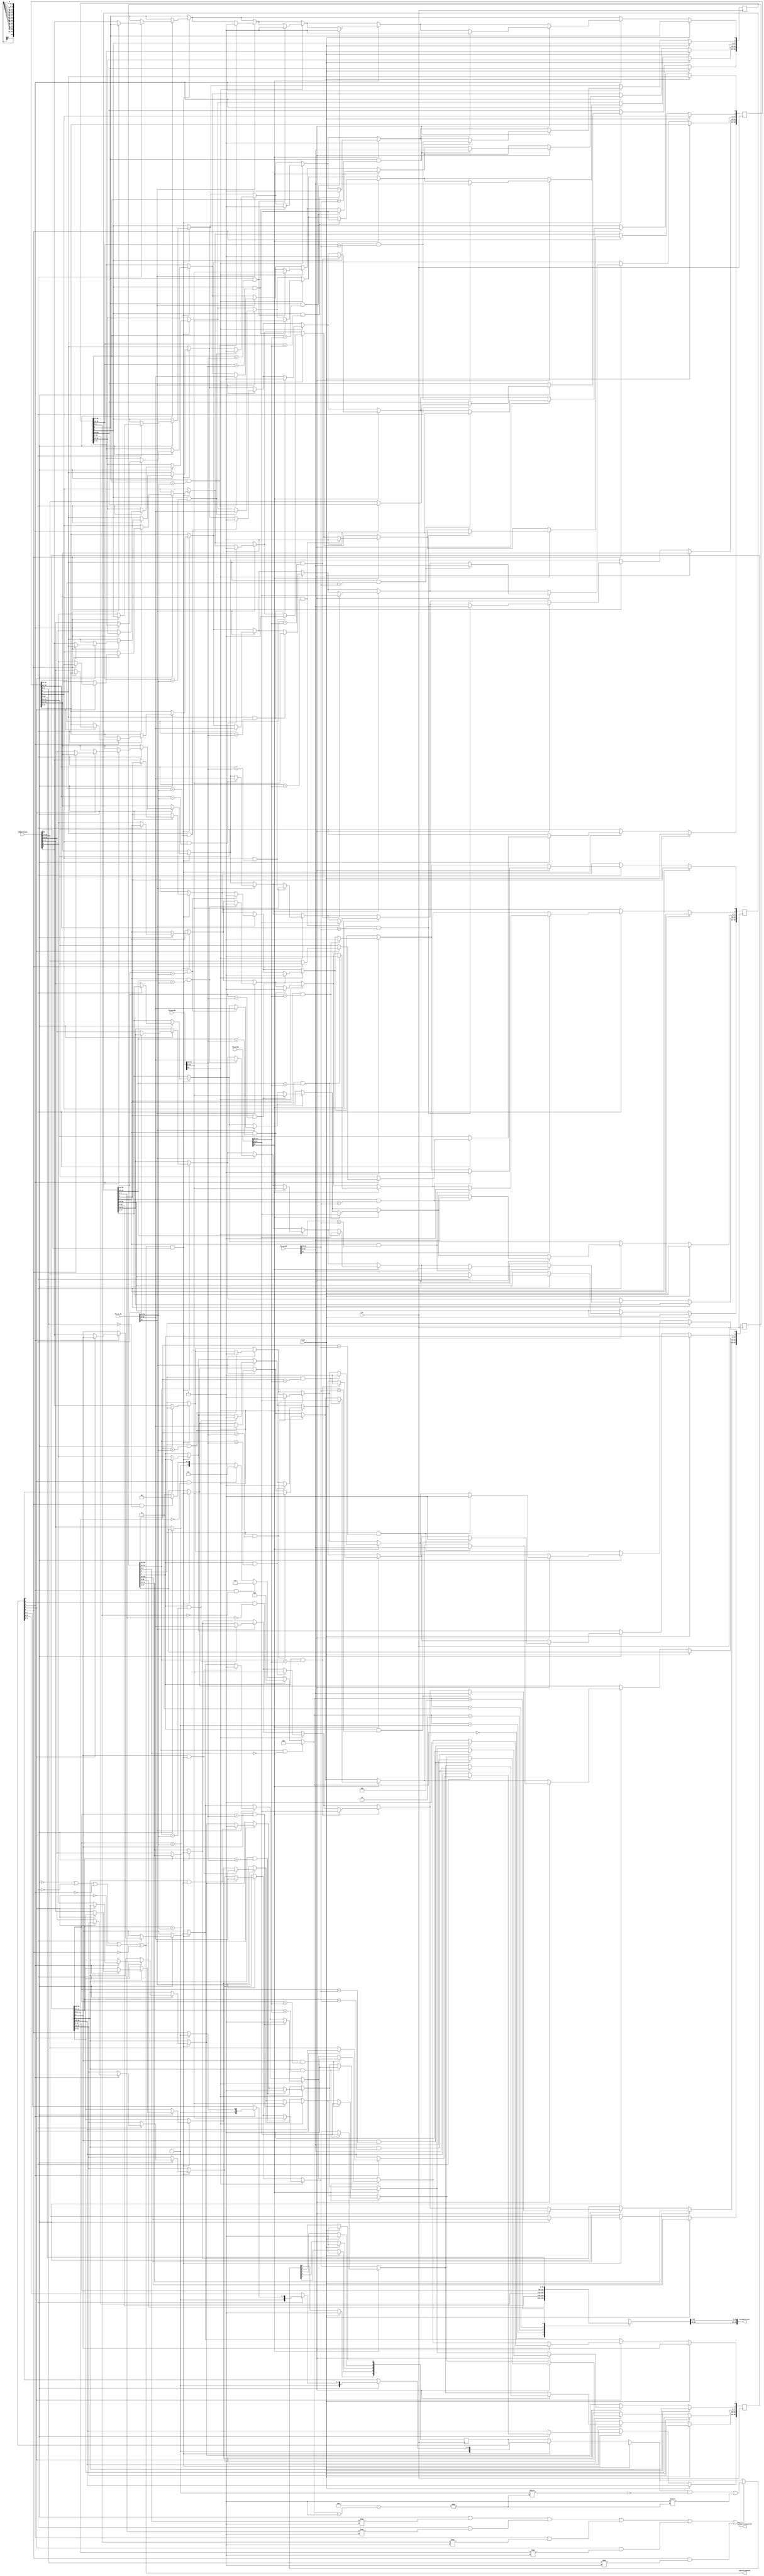
module reservation_station(input clk, input flush,
    input [22:0] forwardA, input [22:0] forwardB, input [22:0] forwardC, input [22:0] forwardD,
    input [56:0] inOperation, output operationUsed, output [41:0] outOperation, output outOperationValid
    );

    //Size of the reservation station: 5
    reg [56:0] operation [0:4];
    reg [0:4]commited;
    //[56] valid, [55:52]operation, [51:46]rob, [45:40]lookA, [39:34] lookB [33:18] valueA, [17:2] value b, [1:0] user

    wire [1:0] inOperationUse = inOperation[1:0];
    wire [5:0] inOperationLookA = inOperation[45:40];
    wire [5:0] inOperationLookB = inOperation[39:34];
    wire [5:0] inOperationRob = inOperation[51:46];
    
    wire [1:0] commit0 = operation[0][1:0];
    wire [1:0] commit1 = operation[1][1:0];
    wire [1:0] commit2 = operation[2][1:0];
    wire [1:0] commit3 = operation[3][1:0];
    wire [1:0] commit4 = operation[4][1:0];

    wire committed0 = commited[0];
    wire committed1 = commited[1];
    wire committed2 = commited[2];
    wire committed3 = commited[3];
    wire committed4 = commited[4];

    assign operationUsed = (!commited[0] | !commited[1] | !commited[2] | !commited[3] | !commited[4]);
    integer i;

    assign outOperationValid = (commited[0] & operation[0][1:0] === 2'b00) | (commited[1] & operation[1][1:0] === 2'b00) | (commited[2] & operation[2][1:0] === 2'b00) | (commited[3] & operation[3][1:0] === 2'b00) | (commited[4] & operation[4][1:0] === 2'b00);

    wire [2:0] operationIndex = commited[0] & operation[0][1:0] == 2'b00 ? 3'b000 :
                                commited[1] & operation[1][1:0] == 2'b00 ? 3'b001 :
                                commited[2] & operation[2][1:0] == 2'b00 ? 3'b010 :
                                commited[3] & operation[3][1:0] == 2'b00 ? 3'b011 :
                                commited[4] & operation[4][1:0] == 2'b00 ? 3'b100 : 3'b111;
                                
    assign outOperation = {operation[operationIndex][55:52], operation[operationIndex][51:46], operation[operationIndex][33:18], operation[operationIndex][17:2]};

    initial begin
        for(i = 0; i < 5; i = i + 1) begin
            commited[i] <= 1'b0;
            operation[i][56] <= 1'b0;
        end
    end

    always @(posedge clk) begin
        if(flush) begin
            for(i = 0; i < 5; i = i + 1)
                commited[i] <= 1'b0;
        end
        else begin
            if(operationUsed && inOperation[56]) begin
                if(!commited[0]) begin
                    operation[0] <= inOperation;
                    commited[0] <= 1'b1;
                end
                else if(!commited[1]) begin
                    operation[1] <= inOperation;
                    commited[1] <= 1'b1;
                end
                else if(!commited[2]) begin
                    operation[2] <= inOperation;
                    commited[2] <= 1'b1;
                end
                else if(!commited[3]) begin
                    operation[3] <= inOperation;
                    commited[3] <= 1'b1;
                end
                else if(!commited[4]) begin
                    operation[4] <= inOperation;
                    commited[4] <= 1'b1;
                end
            end

            if(outOperationValid) begin
                commited[operationIndex] <= 1'b0;
            end

            for(i = 0; i < 5; i = i + 1) begin
                if(commited[i] == 1'b1) begin
                    if(forwardA[22] == 1'b1) begin
                        if(operation[i][1] == 1'b1 && operation[i][45:40] == forwardA[21:16]) begin
                            operation[i][1] <= 1'b0;
                            operation[i][33:18] <= forwardA[15:0];
                        end

                        if(operation[i][0] == 1'b1 && operation[i][39:34] == forwardA[21:16]) begin
                            operation[i][0] <= 1'b0;
                            operation[i][17:2] <= forwardA[15:0];
                        end
                    end

                    if(forwardB[22] == 1'b1) begin
                        if(operation[i][1] == 1'b1 && operation[i][45:40] == forwardB[21:16]) begin
                            operation[i][1] <= 1'b0;
                            operation[i][33:18] <= forwardB[15:0];
                        end

                        if(operation[i][0] == 1'b1 && operation[i][39:34] == forwardB[21:16]) begin
                            operation[i][0] <= 1'b0;
                            operation[i][17:2] <= forwardB[15:0];
                        end
                    end

                    if(forwardC[22] == 1'b1) begin
                        if(operation[i][1] == 1'b1 && operation[i][45:40] == forwardC[21:16]) begin
                            operation[i][1] <= 1'b0;
                            operation[i][33:18] <= forwardC[15:0];
                        end

                        if(operation[i][0] == 1'b1 && operation[i][39:34] == forwardC[21:16]) begin
                            operation[i][0] <= 1'b0;
                            operation[i][17:2] <= forwardC[15:0];
                        end
                    end

                    if(forwardD[22] == 1'b1) begin
                        if(operation[i][1] == 1'b1 && operation[i][45:40] == forwardD[21:16]) begin
                            operation[i][1] <= 1'b0;
                            operation[i][33:18] <= forwardD[15:0];
                        end

                        if(operation[i][0] == 1'b1 && operation[i][39:34] == forwardD[21:16]) begin
                            operation[i][0] <= 1'b0;
                            operation[i][17:2] <= forwardD[15:0];
                        end
                    end
                end
            end
        end
    end

endmodule